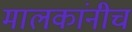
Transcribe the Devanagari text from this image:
मालकांनीच